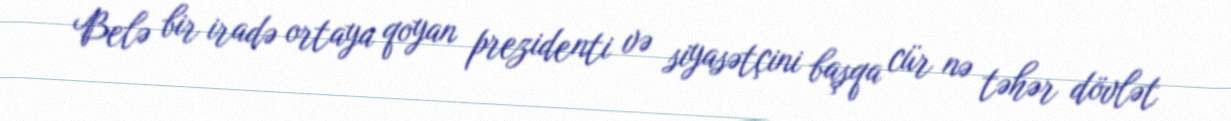
Belə bir iradə ortaya qoyan prezidenti və siyasətçini başqa cür nə təhər dövlət